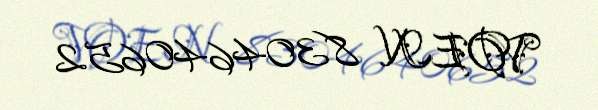
VOEN 8304640652